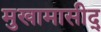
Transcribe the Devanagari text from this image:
मुखामासीद्